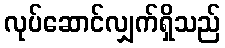
လုပ်ဆောင်လျှက်ရှိသည်